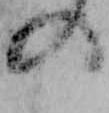
の